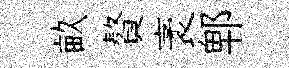
畝贅袤郫